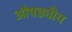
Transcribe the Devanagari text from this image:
औषड्यीय